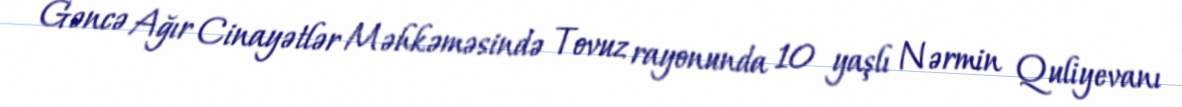
Gəncə Ağır Cinayətlər Məhkəməsində Tovuz rayonunda 10 yaşlı Nərmin Quliyevanı